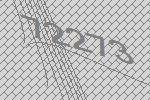
72273